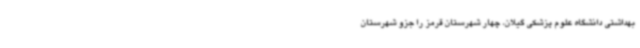
بهداشتی دانشگاه علوم پزشکی گیلان، چهار شهرستان قرمز را جزو شهرستان